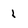
Character: 1